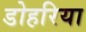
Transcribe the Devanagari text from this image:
डोहरिया